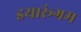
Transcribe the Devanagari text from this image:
इयारूंगम